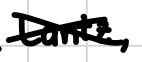
Text: Lantz,
Cross-out: cross
Writing tool: digital_black